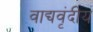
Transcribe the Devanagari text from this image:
वाद्यवृंदीय